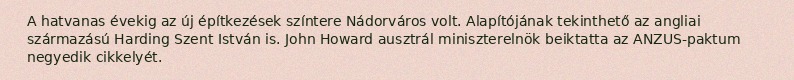
A hatvanas évekig az új építkezések színtere Nádorváros volt. Alapítójának tekinthető az angliai származású Harding Szent István is. John Howard ausztrál miniszterelnök beiktatta az ANZUS-paktum negyedik cikkelyét.